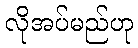
လိုအပ်မည်ဟု